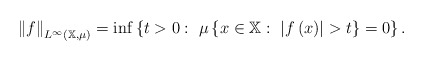
\begin{align*}\left\Vert f\right\Vert _{L^{\infty}\left( \mathbb{X},\mu\right) }=\inf\left\{ t>0:\ \mu\left\{ x\in\mathbb{X}:\ \left\vert f\left( x\right)\right\vert >t\right\} =0\right\} .\end{align*}